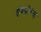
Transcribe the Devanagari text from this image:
इंश्योरंस